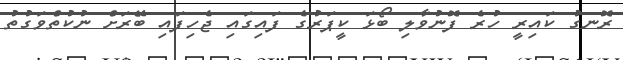
ރޮނގު ކައިރީ ހުރެ ފޮނުވާލި ބޯޅަ ކީޕަރުގެ ފައިގައި ޖެހިފައި ބޭރަށް ނުކުތްވަގުތު